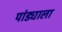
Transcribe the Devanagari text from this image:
पांड्याला